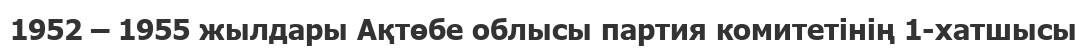
1952 – 1955 жылдары Ақтөбе облысы партия комитетінің 1-хатшысы